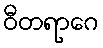
ဝီတရာဂေ